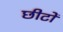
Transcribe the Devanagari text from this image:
छीटों